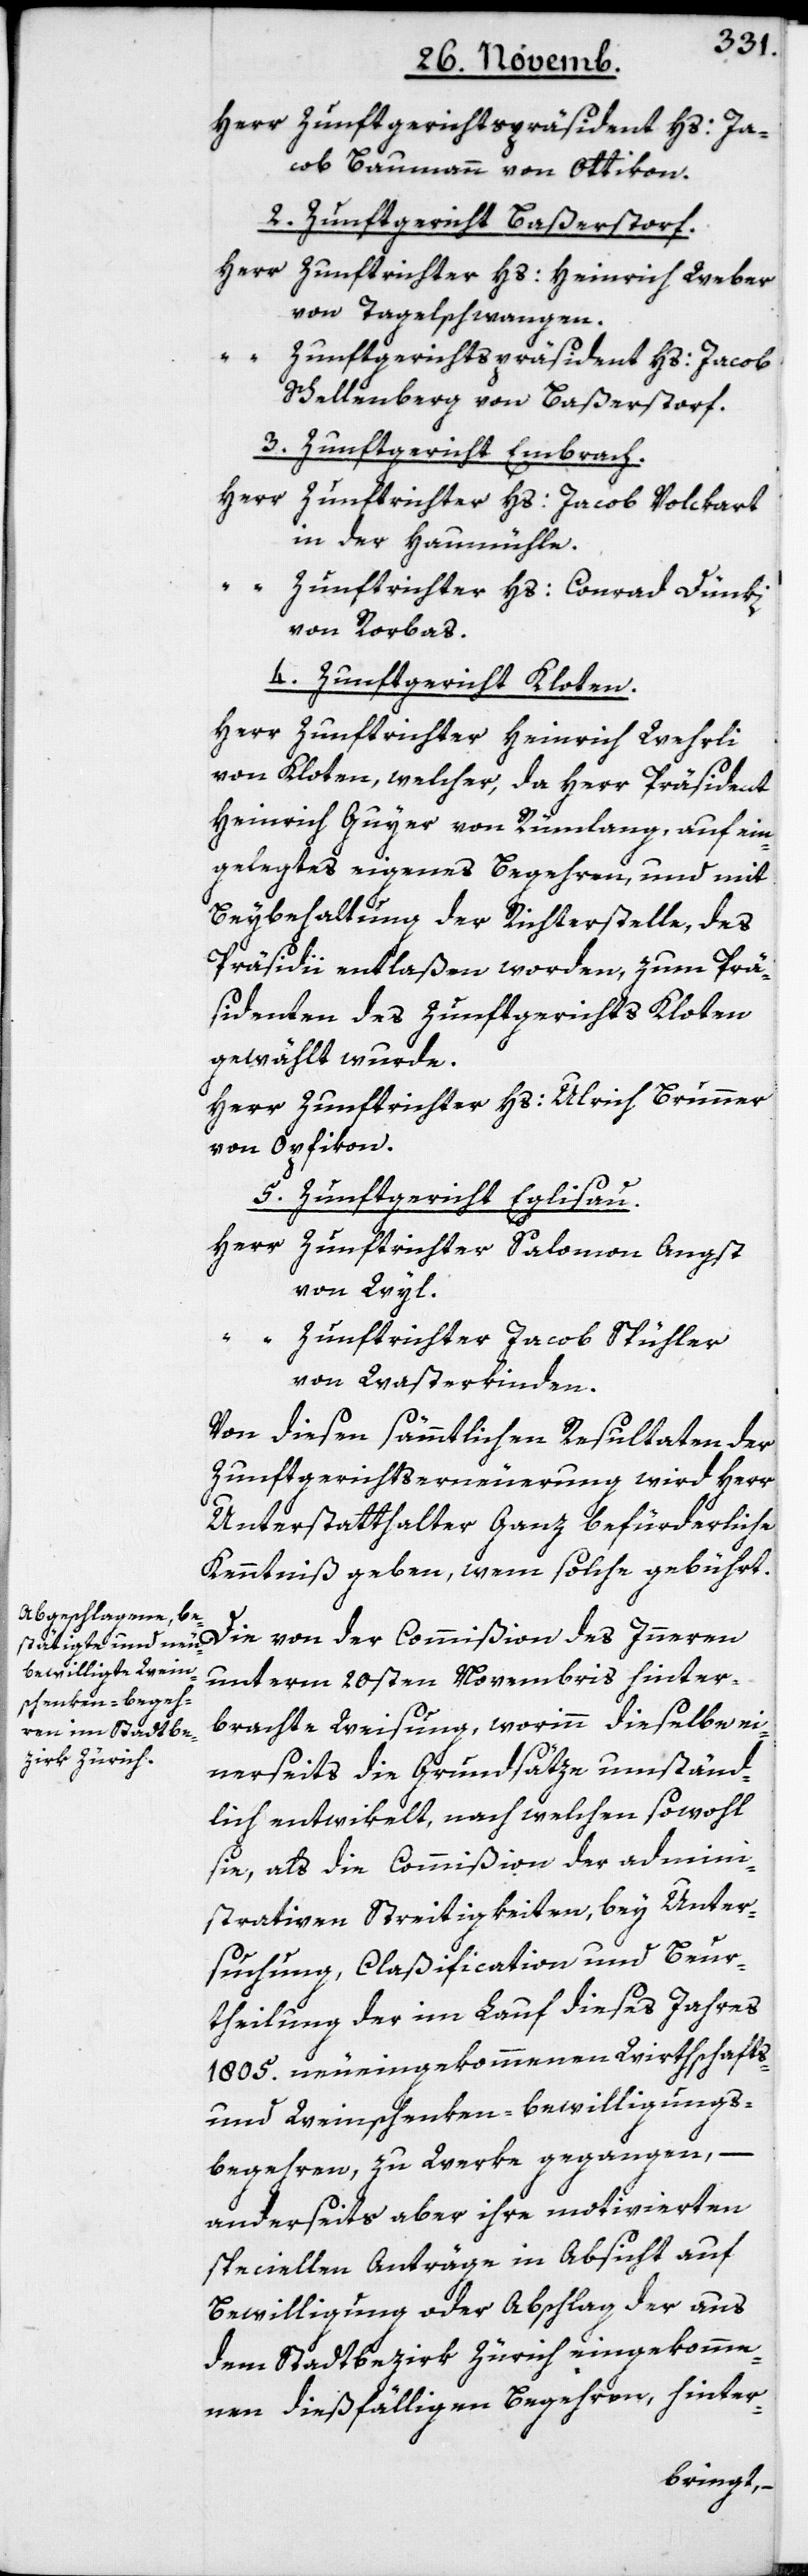
Herr Zunftgerichtspräsident Hs. Jacob
cob Baumann von Ottikon.
2. Zunftgericht Baßersdorf.
Herr Zunftrichter Hs. Heinrich Weber
von Tagelschwangen.
Schellenberg von Baßersdorf.
3. Zunftgericht Embrach.
Herr
Zunftrichter Hs. Jacob Volckart
in der Haumühle.
Zunftrichter Hs. Conrad Dünki
von Rorbas.
4. Zunftgericht Kloten.
Herr Zunftrichter Heinrich Wehrli
von Kloten, welcher, da Herr Präsident
Heinrich Guyer von Rümlang, auf ein¬
gelegtes eigenes Begehren, und mit
Beybehaltung der Richterstelle, des
Präsidii entlaßen worden, zum Prä¬
sidenten des Zunftgerichts Kloten
gewählt wurde.
Herr Zunftrichter Hs. Ulrich Brunner
von Opfikon.
5. Zunftgericht Eglisau.
Herr Zunftrichter Salomon Angst
von der
“ Zunftrichter Jacob Spühler
von Wasterkinden.
Von diesen sämmtlichen Resultaten der
Zunftgerichtserneuerung wird Herr
Unterstatthalter Ganz befürderliche
Kenntniß geben, wem solche gebührt.
unterm 20sten Novembris hinter¬
brachte Weisung, worinn dieselbe ei¬
nerseits die Grundsätze umständ¬
lich entwikelt, nach welchen sowohl
sie, als die Commißion der admini¬
strativen Streitigkeiten, bey Unter¬
suchung, Claßification und Beur¬
theilung der im Lauf dieses Jahres
1805. neueingekommenen Wirthschafts-
und Weinschenken-Bewilligungs¬
begehren, zu Werke gegangen,
anderseits aber ihre motivierten
speciellen Anträge in Absicht auf
Bewilligung oder Abschlag der aus
dem Stadtbezirk Zürich eingekomme¬
nen dießfälligen Begehren, hinter-